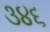
૩૪૬